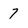
Character: 7